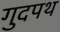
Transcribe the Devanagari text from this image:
गुदपथ